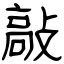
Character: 敲